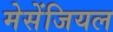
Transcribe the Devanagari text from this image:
मेसेंजियल